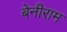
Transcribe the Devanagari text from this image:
बेनीराम